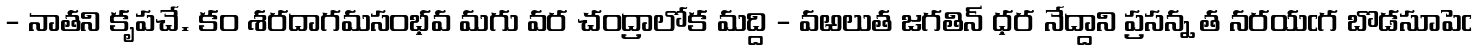
- నాతని కృపచే. కం శరదాగమసంభవ మగు వర చంద్రాలోక మద్ది - వఱలుత జగతిన్ ధర నేద్దాని ప్రసన్న త నరయఁగ బొడసూపెఁ